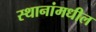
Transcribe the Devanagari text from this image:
स्थानांमधील